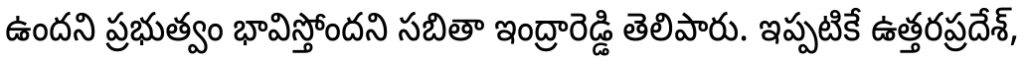
ఉందని ప్రభుత్వం భావిస్తోందని సబితా ఇంద్రారెడ్డి తెలిపారు. ఇప్పటికే ఉత్తరప్రదేశ్,